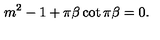
m ^ { 2 } - 1 + \pi \beta \cot \pi \beta = 0 .